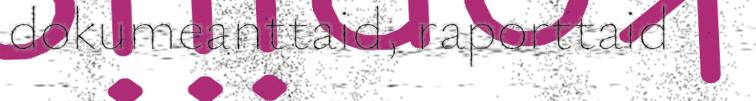
dokumeanttaid, raporttaid